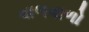
વાળવાળો